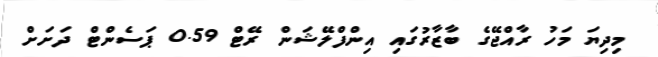
މިދިޔަ މަހު ރާއްޖޭގެ ބާޒާރުގައި އިންފްލޭޝަން ރޭޓް 0.59 ޕަސެންޓް ދަށަށް